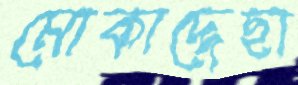
মোকাদ্দেছা